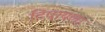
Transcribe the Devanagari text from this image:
टिपायला